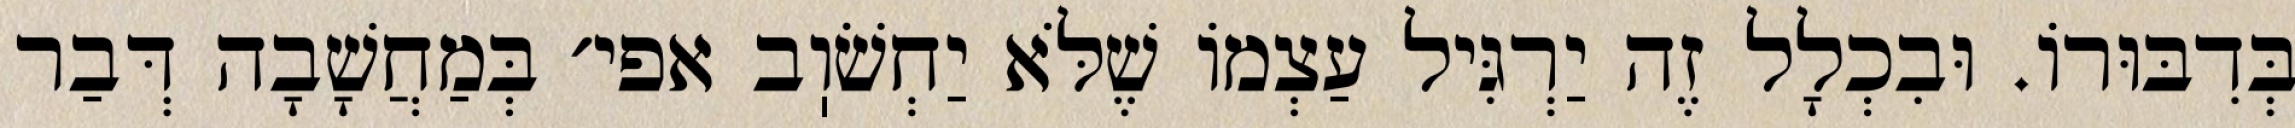
בְּדִבּוּרוֹ. וּבִכְלָל זֶה יַרְגִּיל עַצְמוֹ שֶׁלֹּא יַחְשֹׁוֽב אפי׳ בְּמַחֲשָׁבָה דְּבַר